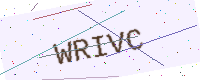
Text: WRIVC